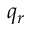
q _ { r }